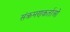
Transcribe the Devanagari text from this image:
संक्रमणकर्ताओं